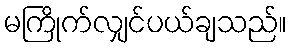
မကြိုက်လျှင်ပယ်ချသည်။